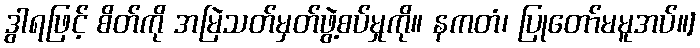
ဒွါရဖြင့် စိတ်ကို အမြဲသတ်မှတ်ဖွဲ့စပ်မှုကို။ နကတံ၊ ပြုတော်မမူအပ်။]